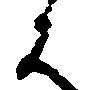
は